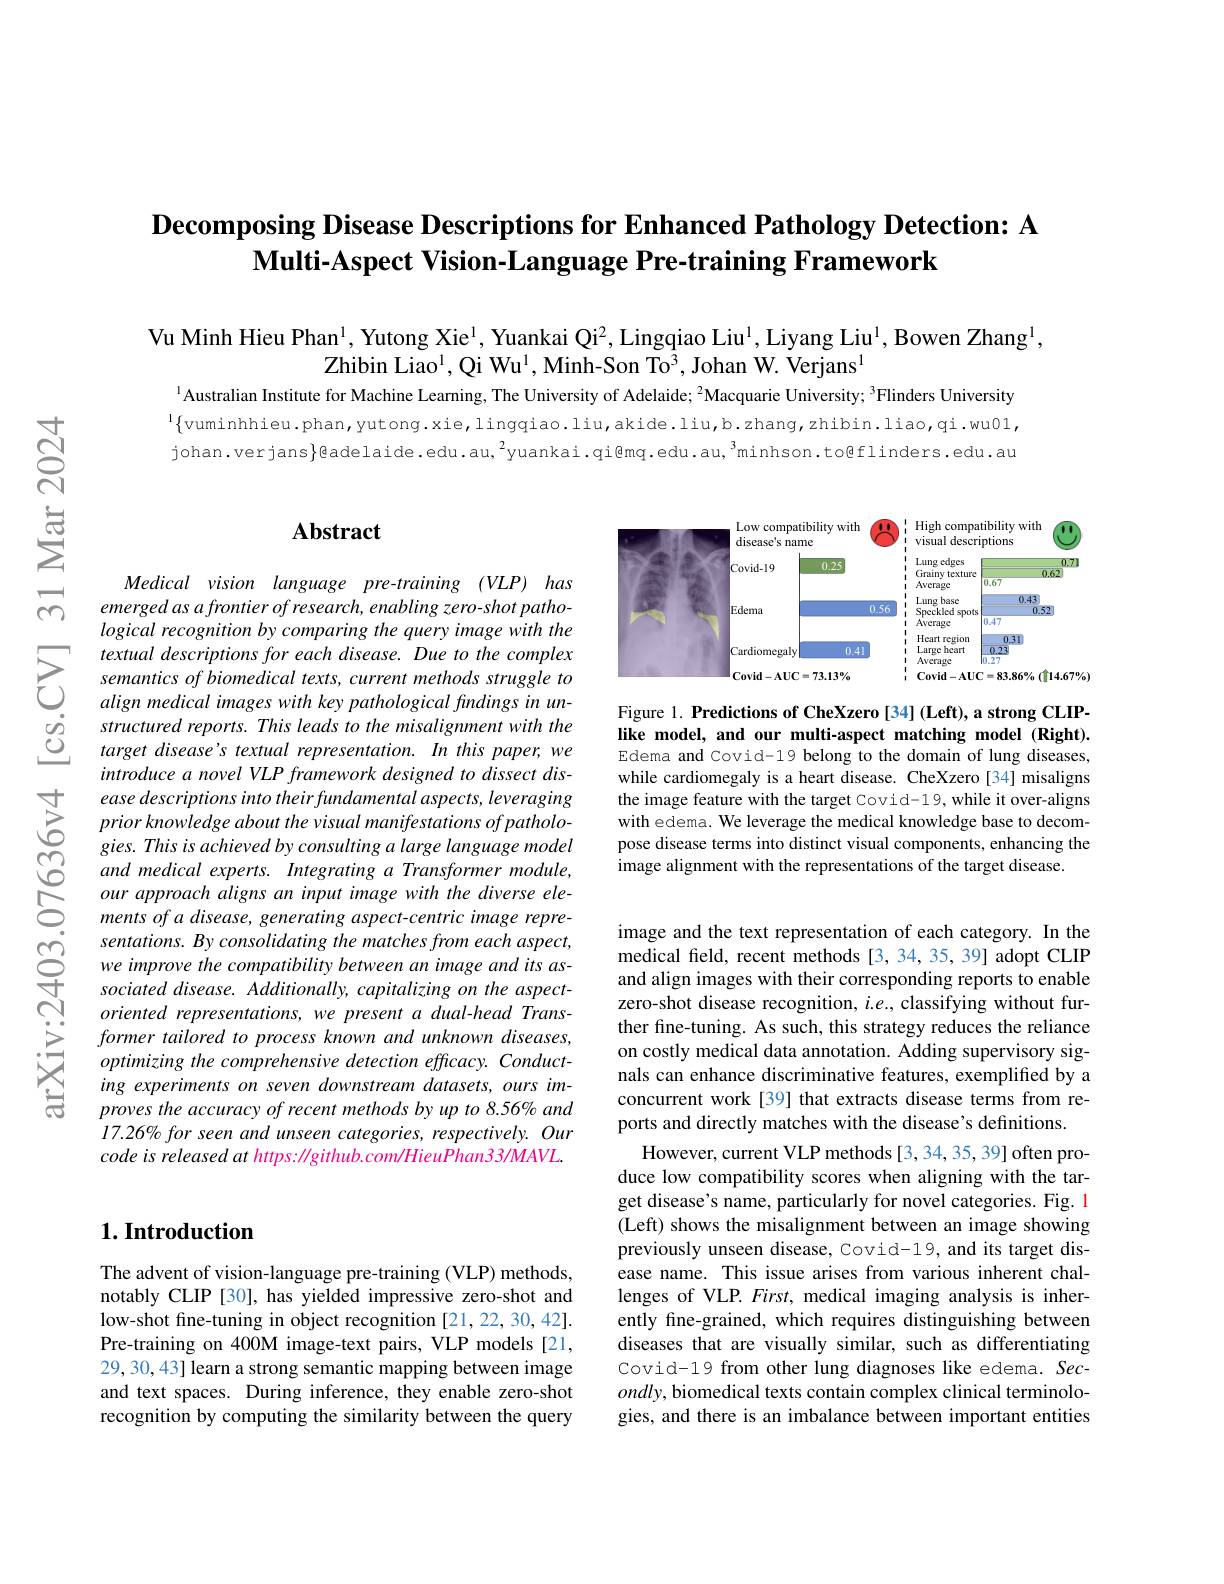
# $\textbf{Decomposing Disease Descriptions for Enhanced Pathology Detection: A}$ $\textbf{Multi- Aspect Vision- Language Pre- training Framework}$

Vu Minh Hieu Phan$^{1}$, Yutong Xie$^{1}$, Yuankai Qi$^2$, Lingqiao Liu$^{1}$, Liyang Liu$^{1}$, Bowen Zhang$^{1}$
$\mathrm{Zhibin~Liao}^{1},\mathrm{Qi~Wu}^{1},\mathrm{Minh-Son~To}^{3},\mathrm{Johan~W.~Verjans}^{1}$
l Australian Institute for Machine Learning, The University of Adelaide; $^{2}$Macquarie University; $^{3}$Flinders University

l$\{$vuminhhieu.phan,yutong.xie,lingqiao.liu,akide.liu,b.zhang,zhibin.liao,qi.wu01, johan.verjans}色adelaide.edu.au,$^{2}$yuankai.qi@mq.edu.au,$^{3}$minhson.to@flinders.edu.au

# Abstract

<FigureHere>

Figure 1. Predictions of CheXzero [34] (Left), a strong CLIPlike model, and our multi-aspect matching model (Right). Edema and Covid-19 belong to the domain of lung diseases,

while cardiomegaly is a heart disease. CheXzero[34] misaligns the image feature with the target Covid-19, while it over-aligns with edema. We leverage the medical knowledge base to decompose disease terms into distinct visual components, enhancing the image alignment with the representations of the target disease.

Medical vision language pre-training (VLP) has emerged as a frontier of research, enabling zero-shot pathological recognition by comparing the query image with the textual descriptions for each disease. Due to the complex semantics of biomedical texts, current methods struggle to align medical images with key pathological findings in unstructured reports. This leads to the misalignment with the target disease's textual representation. In this paper, we introduce a novel VLP framework designed to dissect disease descriptions into their fundamental aspects, leveraging prior knowledge about the visual manifestations of pathologies. This is achieved by consulting a large language model and medical experts. Integrating a Transformer module, our approach aligns an input image with the diverse elements of a disease, generating aspect-centric image repre-
oriented representations, we present a dual-head Transformer tailored to process known and unknown diseases, optimizing the comprehensive detection efficacy. Conducting experiments on seven downstream datasets, ours improves the accuracy of recent methods by up to 8.56% and 17.26% for seen and unseen categories, respectively. Our code is released at https: //github.com/HieuPhan33/MAVL.

image and the text representation of each category. In the medical feld, recent methods [3, 34, 35, 39] adopt CLIP and align images with their corresponding reports to enable zero-shot disease recognition, $i.e.$, classifying without further fine-tuning. As such, this strategy reduces the reliance on costly medical data annotation. Adding supervisory signals can enhance discriminative features, exemplified by a concurrent work [39] that extracts disease terms from reports and directly matches with the disease's definitions.
However, current VLP methods [3,34,35,39] often produce low compatibility scores when aligning with the target disease's name, particularly for novel categories. Fig. 1 (Left) shows the misalignment between an image showing previously unseen disease, Covid-19, and its target disease name. This issue arises from various inherent challenges of VLP. First, medical imaging analysis is inherently fine-grained, which requires distinguishing between diseases that are visually similar, such as differentiating Covid-19 from other lung diagnoses like edema. Sec- $ondly$, biomedical texts contain complex clinical terminologies, and there is an imbalance between important entities

### $1. \textbf{Introduction}$

The advent of vision-language pre-training (VLP) methods, notably CLIP [30], has yielded impressive zero-shot and low-shot fine-tuning in object recognition [21,22,30,42]. Pre-training on 400M image-text pairs, VLP models [21, 29, 30, 43] learn a strong semantic mapping between image and text spaces. During inference, they enable zero-shot recognition by computing the similarity between the query